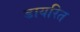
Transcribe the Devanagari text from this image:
डायरित